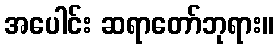
အပေါင်း ဆရာတော်ဘုရား။